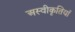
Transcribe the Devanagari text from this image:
अस्वीकृतियाँ